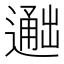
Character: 𬩐